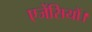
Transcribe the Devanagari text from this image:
एजेंसियों।